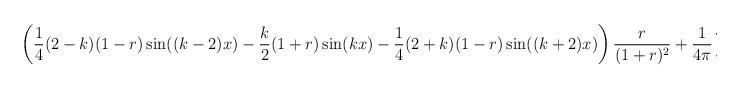
LaTeX: \begin{align*}\left(\frac{1}{4}(2-k)(1-r)\sin((k-2)x)-\frac{k}{2}(1+r)\sin(kx)-\frac{1}{4}(2+k)(1-r)\sin((k+2)x)\right)\frac{r}{(1+r)^2} + \frac{1}{4\pi}\sum_{i=1}^{5} I_{i},\end{align*}